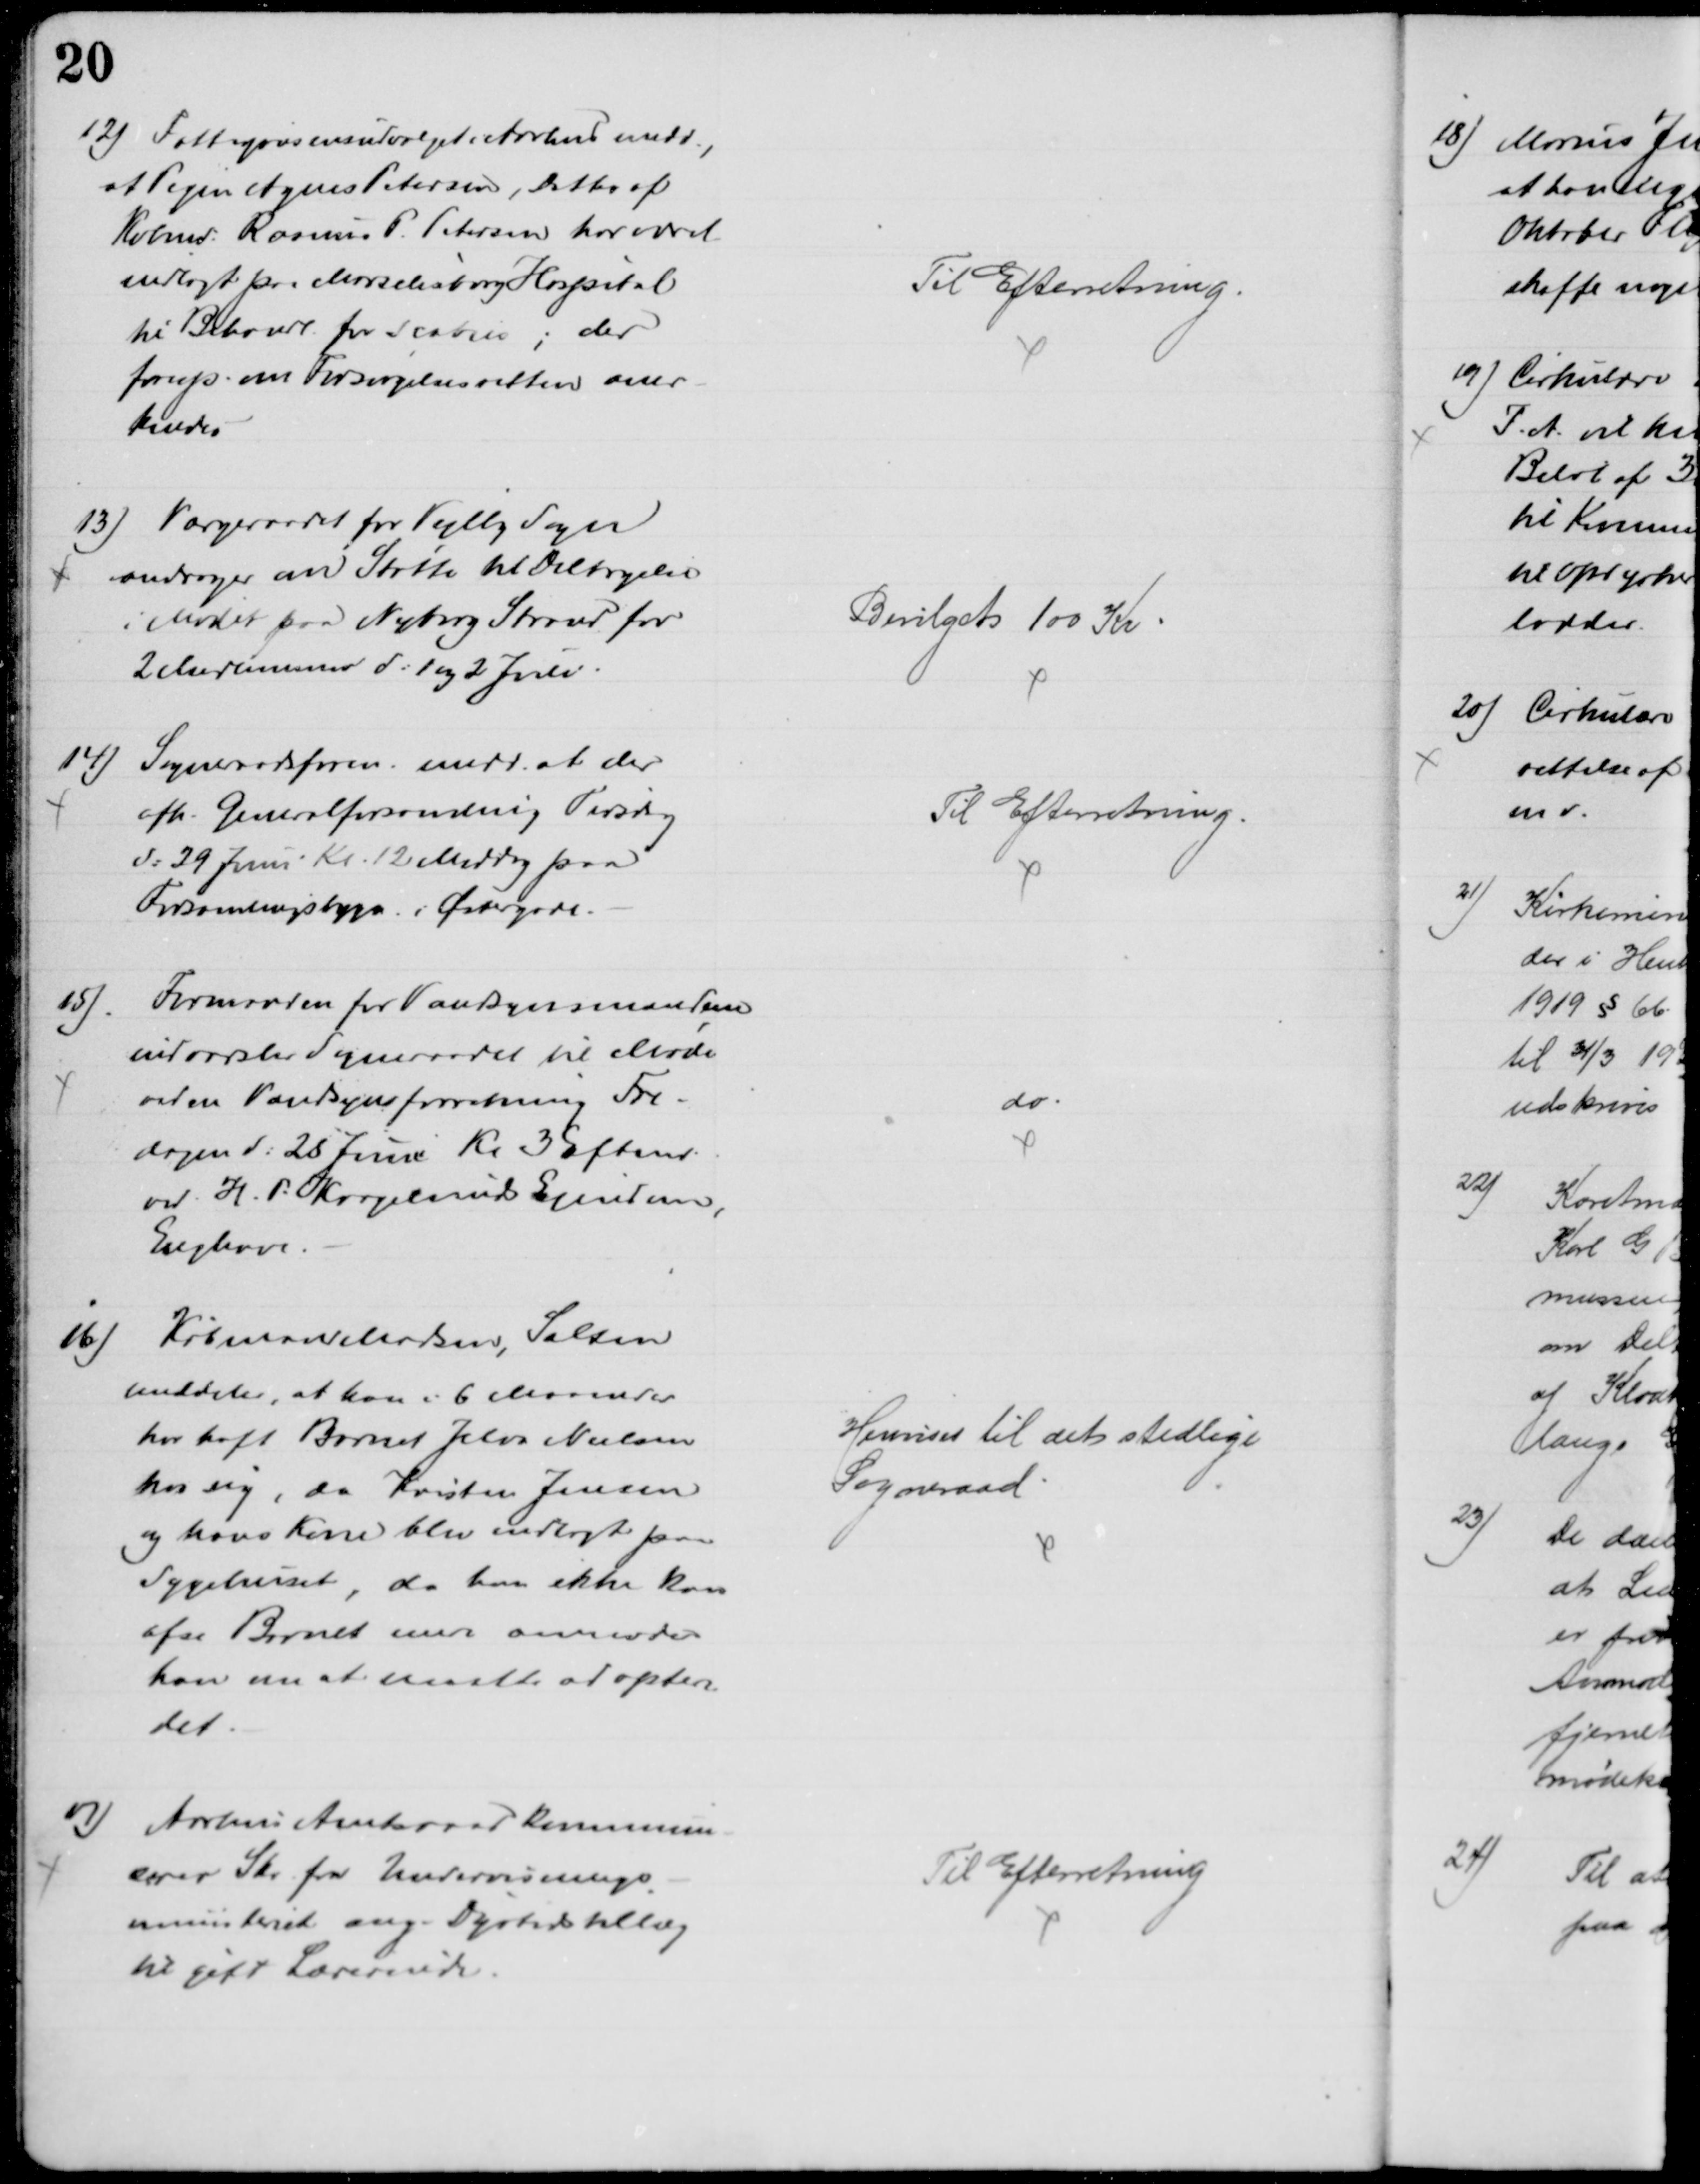
Transskription:
12) Fattigvæsensudvalget i Aarhus medd.,
at Pigen Agnes Petersen, Datter af
Købmd. Rasmus P. Petersen har været
indlagt paa Marselisborg Hospital
til Behandl. for Scabies ; der
foresp. om Forsørgelsesretten aner
kendtes
Til Efterretning.
13) Værgeraadet for Vejlby Sogn
andrager en Støtte til Deltagelse
i Mødet paa Nyborg Strand for
2 Medlemmer d: 1 og 2 Juli
Bevilget 100 Kr
14)
Sogneraadsforen. medd. at der
afh. Generalforsamling Tirsdag
d: 29 Juni Kl. 12 Middag paa
Forsamlingsbygn. i Østergade.
Til Efterretning.
15)
Formanden for Vandsynsmændene
indvarsler Sogneraadet til Møde
ved en Vandsynsforretning Fre-
dagen d: 25 Juni Kl. 3 Eftmd.
ved H. P. Kragelunds Ejendom,
Enghave.
do
16)
Købmand Madsen, Salten
meddeler, at han i 6 Maaneder
har haft Barnet Jelva Nielsen
hos sig, da Kristen Jensen
og hans Kone blev indlagt paa
Sygehuset, da han ikke kan
afse Barnet mere anmoder
han om at maatte adoptere
det.
Henvises til det stedlige
Sogneraad
17) Aarhus Amtsraad kommuni
cerer Skr fra Undervisnings-
ministeriet ang. Dyrtidstillæg
til gift Lærerinde
Til Efterretning